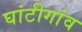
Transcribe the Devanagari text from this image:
घांटीगांव